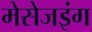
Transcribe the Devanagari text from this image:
मेसेजइंग